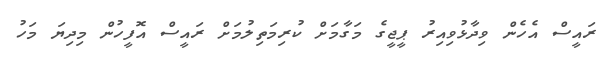
ރައީސް އެހެން ވިދާޅުވިއިރު ޕީޖީގެ މަގާމަށް ކުރިމަތިލުމަށް ރައީސް އޮފީހުން މިދިޔަ މަހު